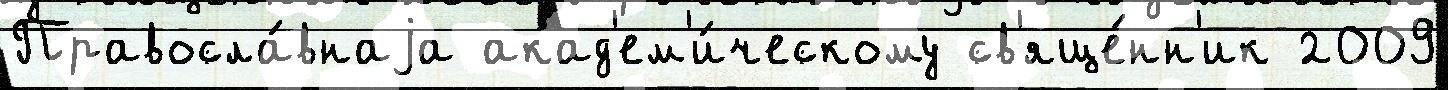
Правосла́внаjа акад'ем'и́ческому св'яще́нн'ик 2009